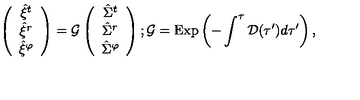
\left( \begin{array} { c } { { \hat { \xi } } ^ { t } } \\ { { \hat { \xi } } ^ { r } } \\ { { \hat { \xi } } ^ { \varphi } } \\ \end{array} \right) = { \cal G } \left( \begin{array} { c } { { \hat { \Sigma } } ^ { t } } \\ { { \hat { \Sigma } } ^ { r } } \\ { { \hat { \Sigma } } ^ { \varphi } } \\ \end{array} \right) ; { \cal G } = \mathrm { E x p } \left( - \int ^ { \tau } { \cal D } ( \tau ^ { \prime } ) d \tau ^ { \prime } \right) ,